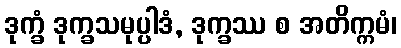
ဒုက္ခံ ဒုက္ခသမုပ္ပါဒံ, ဒုက္ခဿ စ အတိက္ကမံ၊